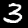
Digit: 3